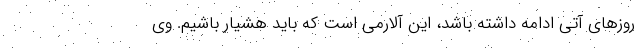
روزهای آتی ادامه داشته باشد، این آلارمی است که باید هشیار باشیم. وی